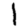
Digit: 1